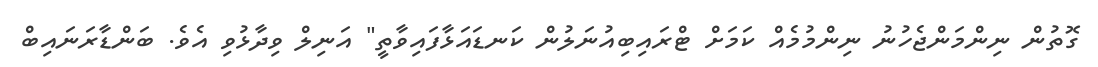
ގޮތުން ނިންމަންޖެހުނު ނިންމުމެއް ކަމަށް ޓްރައިބިއުނަލުން ކަނޑައަޅާފައިވާތީ" އަނިލް ވިދާޅުވި އެވެ. ބަންޑާރަނައިބް